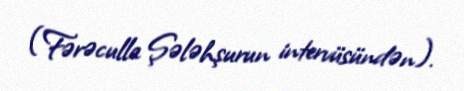
(Fərəculla Şələhşurun intervüsündən).